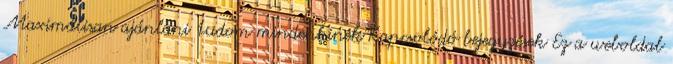
Maximálisan ajánlani tudom mindenkinek Kapcsolódó bejegyzések Ez a weboldal